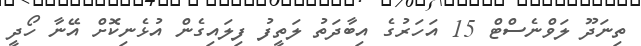
ތިނަދޫ ލަވްނެސްޓް 15 އަހަރުގެ އިބާދަތު ލަތީފު ފިލައިގެން އުޅެނިކޮށް އޭނާ ހޯދީ